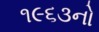
૧૯૬૩નો